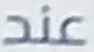
عند